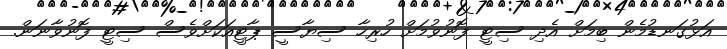
އަޅުގަނޑުމެން ބިމަށް އެދި ސިޓީ ފޮނުވުމަށް ހުރިހާ ސިޔާސީ ޕާޓީއަކަށްވެސް ސިޓީ ފޮނުވާނަން.